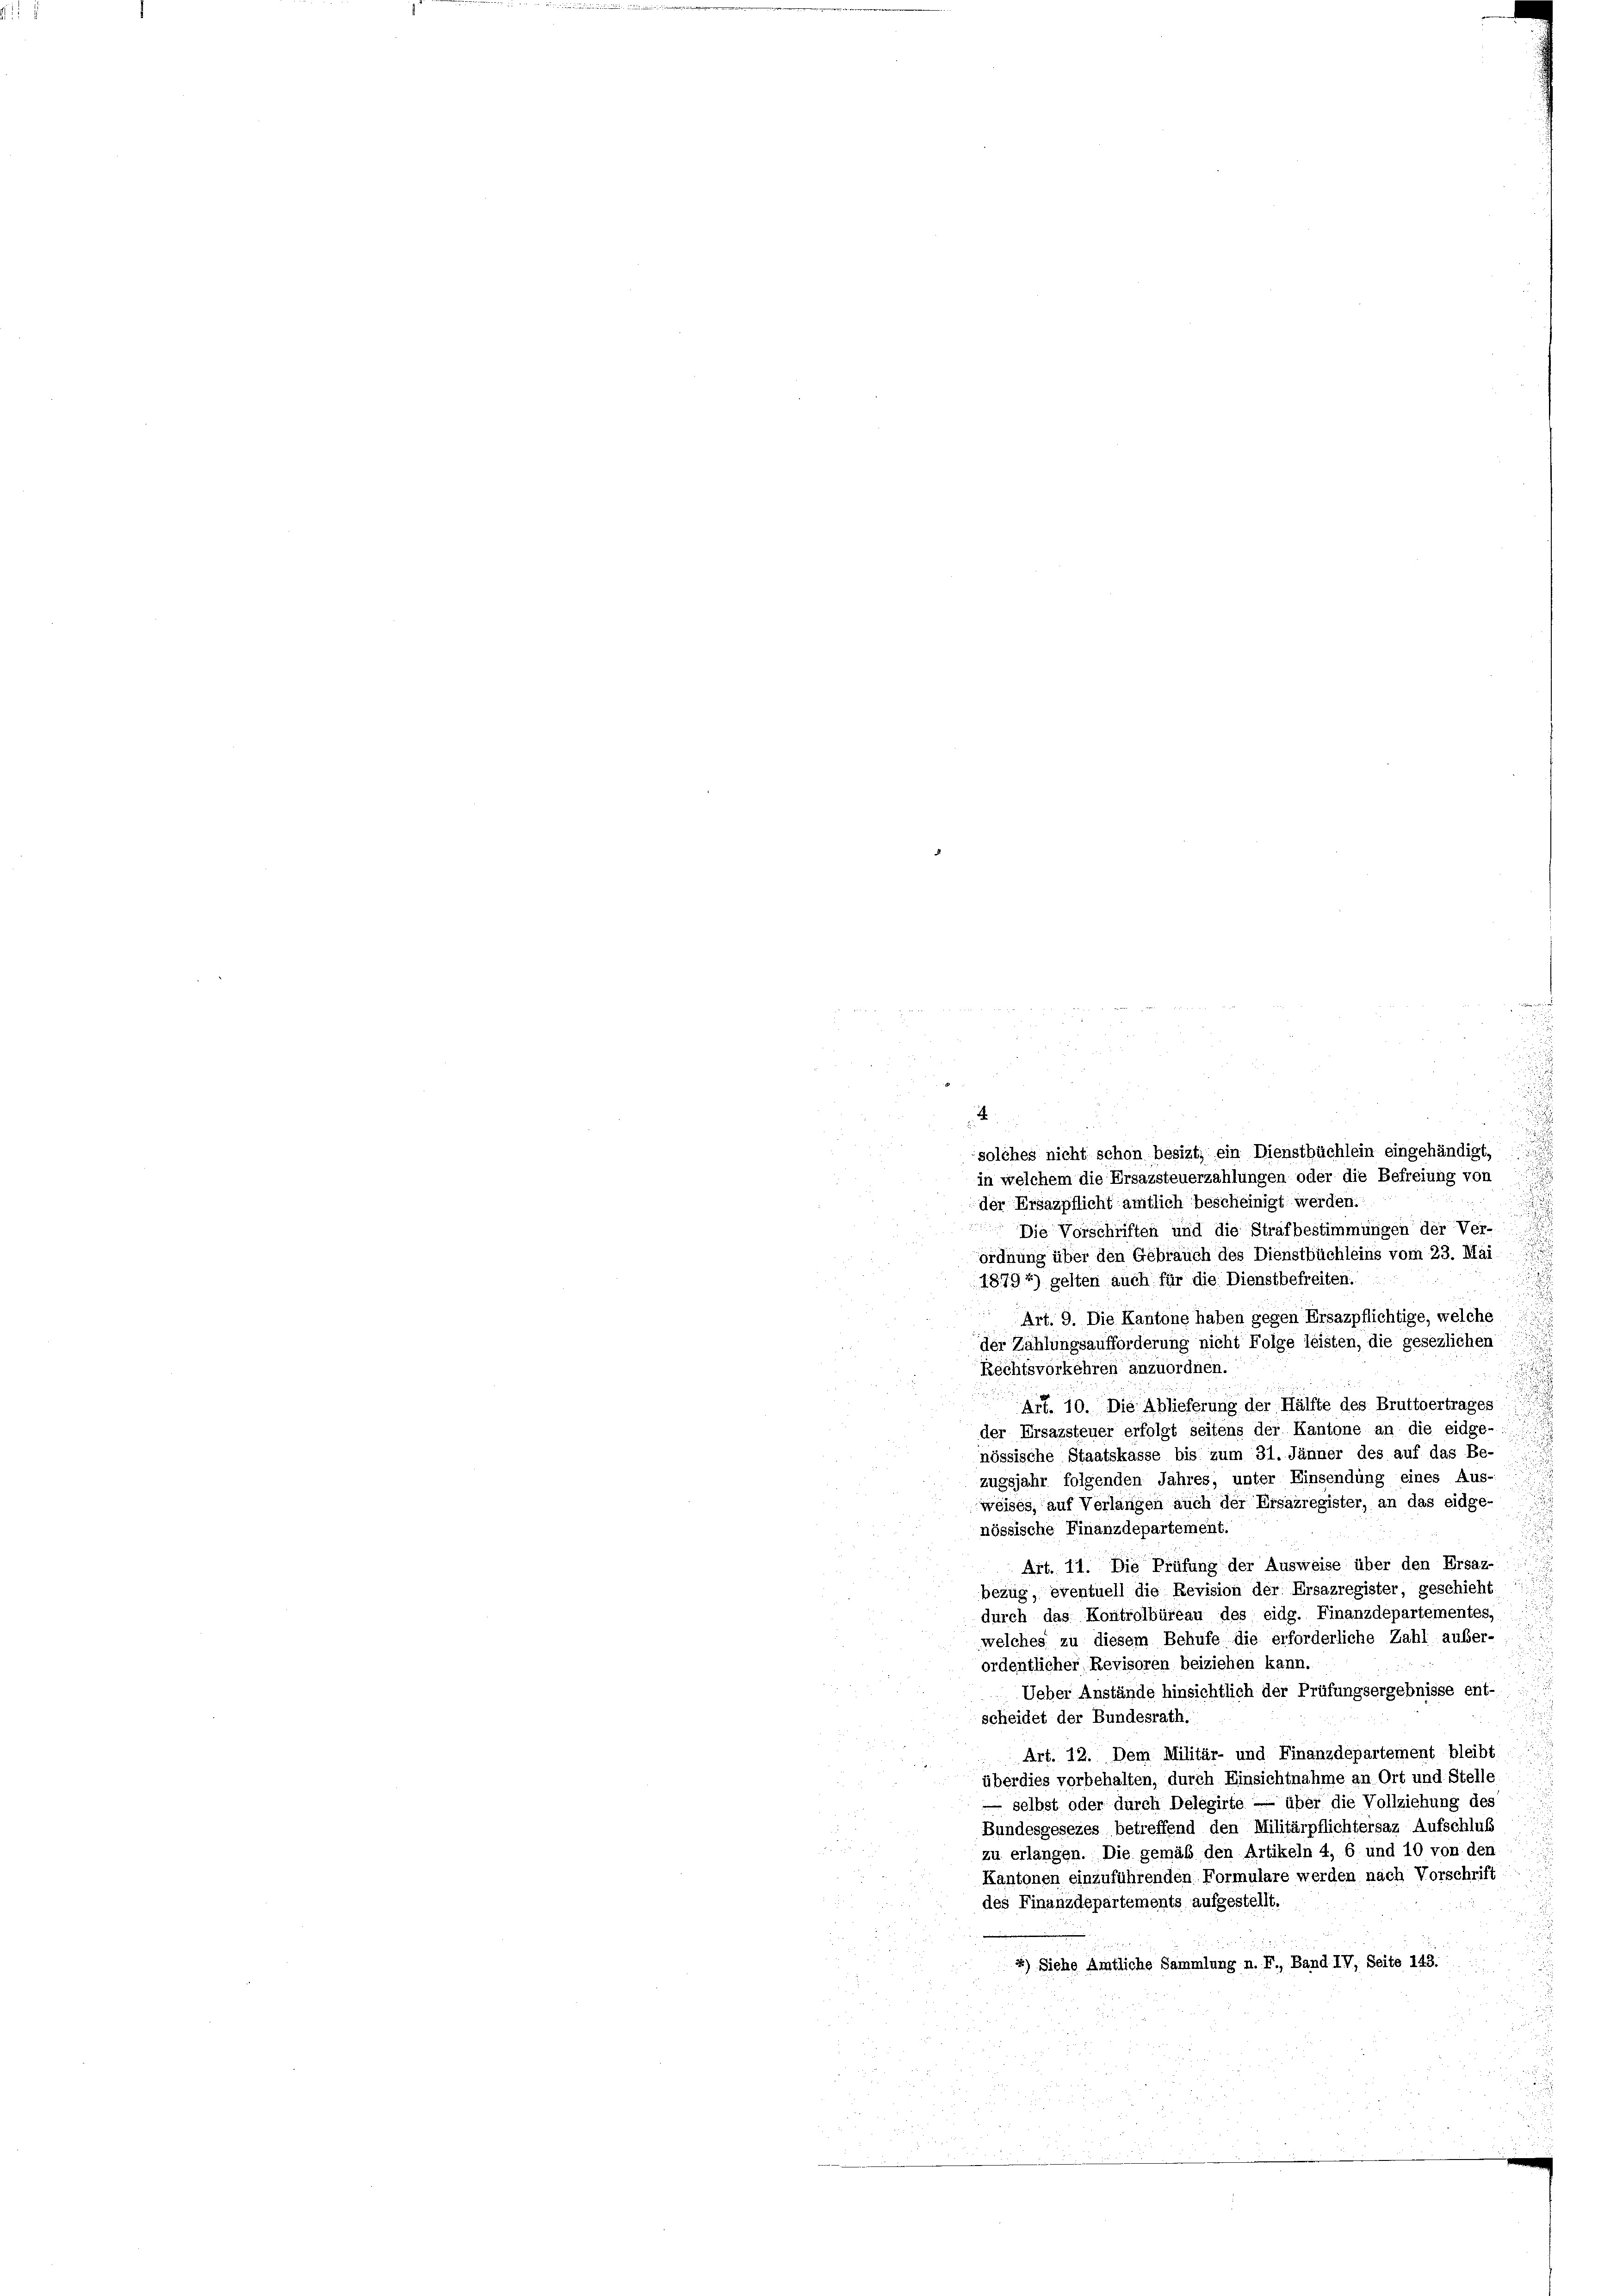
f 9 x

.
n
solches nicht schon besizt, ein Dienstbüchlein eingehändigt,
in welchem die Ersazsteuerzahlungen oder die Befreiung von
der Ersazpflicht amtlich bescheinigt werden.
Die Vorschriften und die Strafbestimmungen der Ver-
ordnung über den Gebrauch des Dienstbüchleins vom 23. Mai
18794) gelten auch für die Dienstbefreiten.
Art. 9. Die Kantone haben gegen Ersazpflichtige, welche
der Zählungsaufforderung nicht Folge leisten, die gesezlichen
Rechtsvorkehren anzuordnen.
Art. 10. Die Ablieferung der Hälfte des Bruttoertrages
der Ersazsteuer erfolgt seitens der Kantone an die eidge-
u
nössische Staatskasse bis zum 31. Jänner des auf das Be-
zugsjahr folgenden Jahres, unter Einsendung eines Aus-
weises, auf Verlangen auch der Ersazregister, an das eidge-
nössische Finanzdepartement.
Art. 11. Die Prüfung der Ausweise über den Ersaz-
bezug, eventuell die Revision der Ersazregister, geschieht
durch das Kontrolbüreau des eidg. Finanzdepartementes,
welches zu diesem Behufe die erforderliche Zahl auber-
ordentlicher Revisoren beiziehen kann.
Ueber Anstände hinsichtlich der Prüfungsergebnisse ent-
scheidet der Bundesrath.
Art. 12. Dem Militär- und Finanzdepartement bleibt
überdies vorbehalten, durch Einsichtnahme an Ort und Stelle
 selbst oder durch Delegirte — über die Vollziehung des
Bundesgesezes betreffend den Militärpflichtersaz Aufschluß
zu erlängen. Die gemäß den Artikeln 4, 6 und 10 von den
Kantonen einzuführenden Formulare werden nach Vorschrift
des Finanzdepartements aufgestellt.
5) Siehe Amtliche Sammlung n. F., Band IV, Seite 143.